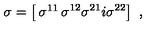
\sigma = \left[ \begin{matrix} { \sigma ^ { 1 1 } } & { \sigma ^ { 1 2 } } \\ { \sigma ^ { 2 1 } } & { i \sigma ^ { 2 2 } } \\ \end{matrix} \right] \ ,